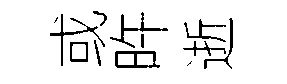
或旿逝